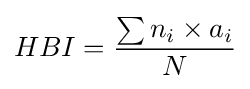
HBI={\frac {\sum n_{i}\times a_{i}}{N}}